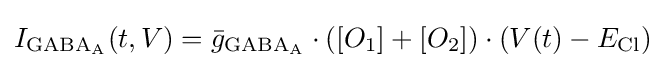
I_{\mathrm {GABA_{A}} }(t,V)={\bar {g}}_{\mathrm {GABA_{A}} }\cdot ([O_{1}]+[O_{2}])\cdot (V(t)-E_{\mathrm {Cl} })